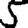
Digit: 5